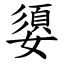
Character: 嬃